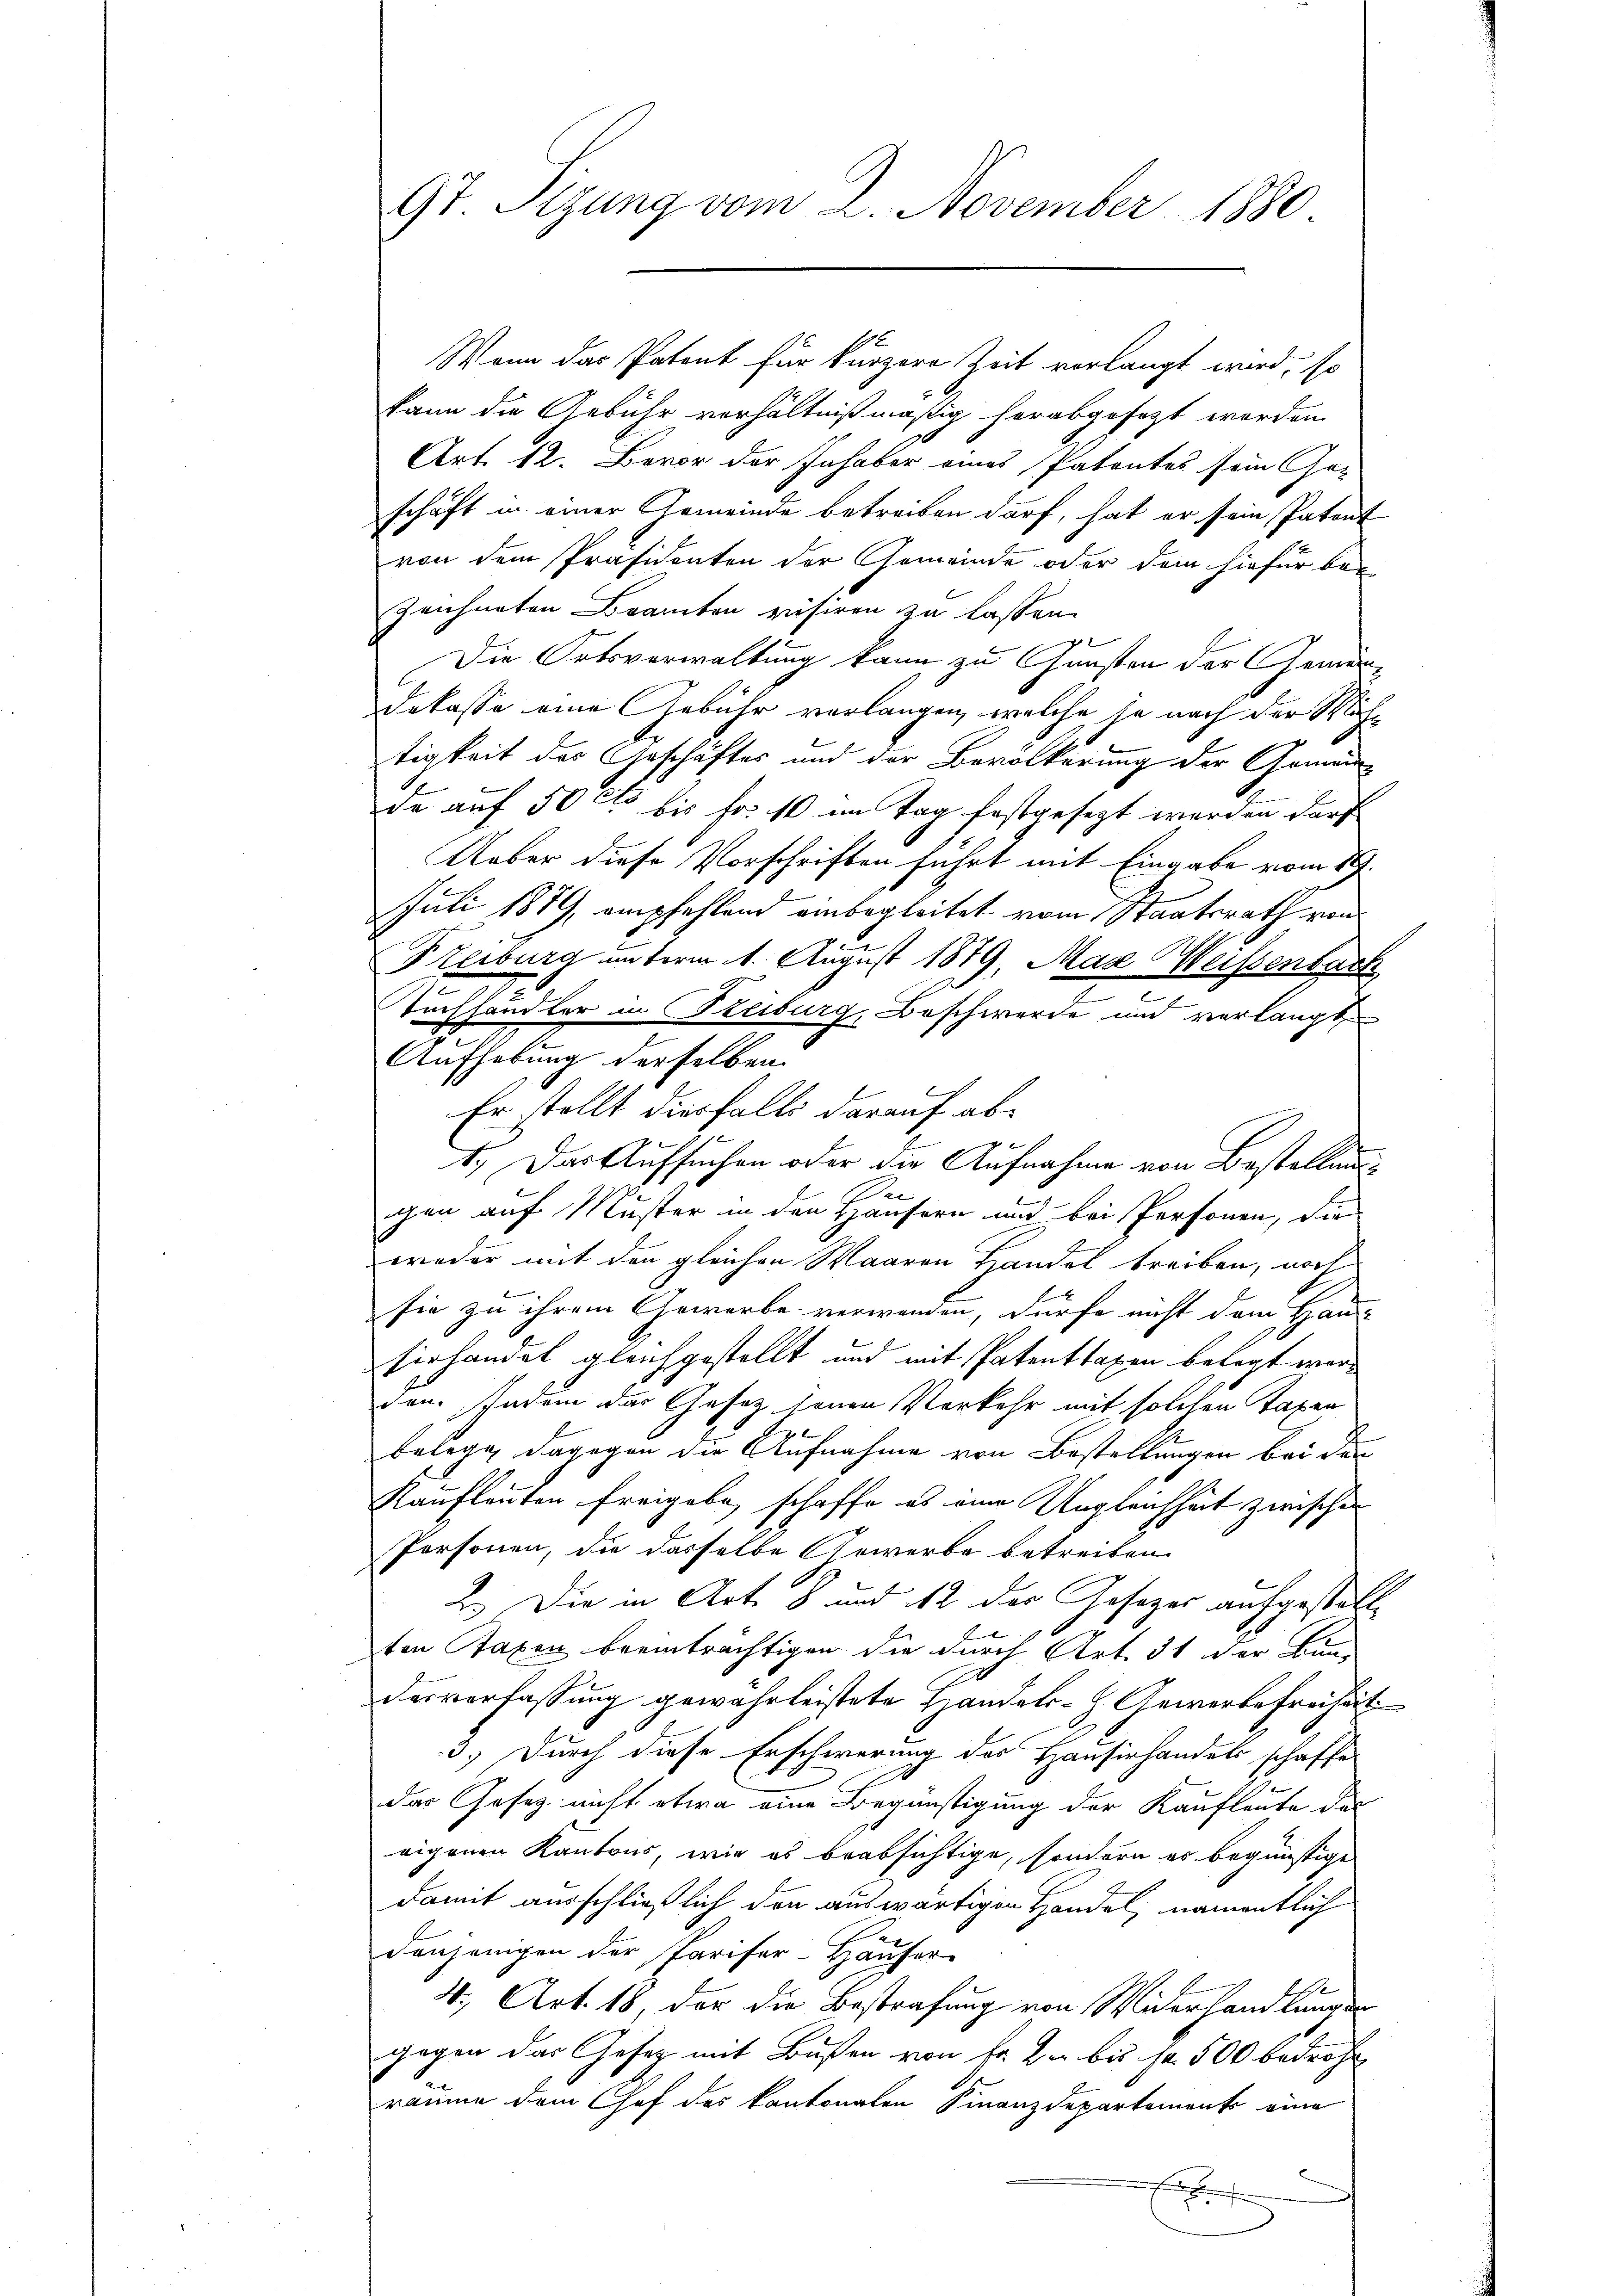
9t. Sizung vom 2. November 1880

Wenn das Patent für kürzere Zeit verlangt wird, so
kann die Gebühr verhältnißmäßig herabgesezt worden.
Art. 12. Bevor der Inhaber eines Patentes sein Ge-
schäft in einer Gemeinde betreiben darf, hat er sein Patent
von dem Präsidenten der Gemeinde oder dem hiefür bei
zeichneten Brancken visiren zu lassen.
Die Ortsverwaltung kann zu Gunsten der Gemeindekasse eine Gebühr verlangen, welche je nach der Mühtigkeit des Geschäftes und der Bevölkerung der Gemein-
de auf 50 Cts bis Fr. 10 im Tag festgesezt werden darf
Ueber diese Vorschriften führt mit Eingabe vom 19.
Juli 1879, empfehlend einbegleitet vom Staatsrath von
Reiburg unterm 1. August 1879. Max Weissenbach
1
Tuchhändler in Treiburg, Beschwerde und verlangt
Aufhebung derselben
Er stellt diesfalls darauf abg
1.) Das Aufsuchen oder die Aufnahme von Bestellung
En
gen auf Muster in den Häusern und bei Personen, die
wieder mit den gleichen Waaren Handel treiben, noch
sie zu ihrem Gewerbe verwanden, dürfe nicht dem Haus
siehandel gleichgestellt und mit Patenttaxen belegt werden. Indem das Gesetz seinen Verkehr mit solchen Taxer
belege, dagegen die Aufnahme von Bestellungen bei den
Kaufleuten freigabe, schaffe es eine Ungleichheit zwischen
Personen, die dasselbe Sowerbe betreiben.
2.) Die in Art. 8 und 12 der Gesetzes aufgestalt,
ten Taxen beeinträchtigen die durch Art. 51 der Bun-
desverfassung gewährleistete Handels- Gewerbefreiheit
3.) Durch diese Erschwerung des Hausirhandels schaffe
das Gesetz nicht etwa eine Begünstigung der Kaufleute das
eigenen Kantons, wie es beabsichtige, sondern es begünstige
damit ausschließlich den auswärtigen Handel, namentlich
denjenigen der Pariser-Häuser
4., Art. 18, der die Bestrafung von Widerhandlungen
gegen das Gesetz mit Bußen von Fr. Der bis Fr. 500 bedroht
räume dem Chef des kantonalen Finanzdepartement eine